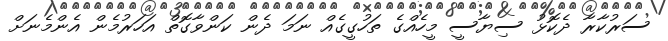
ސަރުކާރާ ދެކޮޅު ސިޔާސީ މީހެއްގެ ތަހުގީގެއް ނަމަ ދެން ކަންވާގޮތް އަހަރުމެން އެންމެނަށް